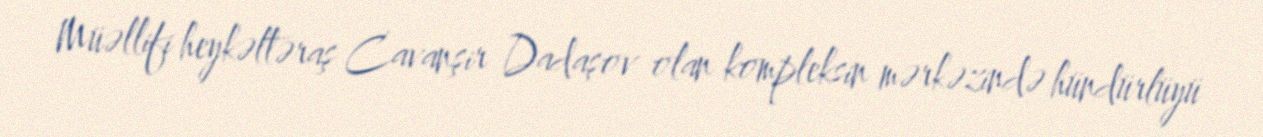
Müəllifi heykəltəraş Cavanşir Dadaşov olan kompleksin mərkəzində hündürlüyü